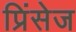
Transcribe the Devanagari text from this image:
प्रिंसेज